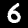
Label: 6